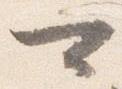
可